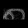
Digit: ၈